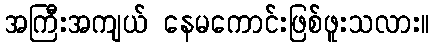
အကြီးအကျယ် နေမကောင်းဖြစ်ဖူးသလား။